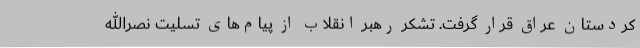
کردستان عراق قرار گرفت. تشکر رهبر انقلاب از پیام‌های تسلیت نصرالله